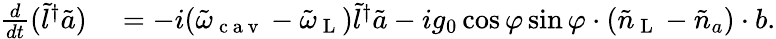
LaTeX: \begin{array}{rl}{\frac{d}{dt}(\tilde{l}^{\dagger}\tilde{a})}&{{}=-i(\tilde{\omega}_{\mathrm{~c~a~v~}}-\tilde{\omega}_{\mathrm{~L~}})\tilde{l}^{\dagger}\tilde{a}-ig_{0}\cos\varphi\sin\varphi\cdot(\tilde{n}_{\mathrm{~L~}}-\tilde{n}_{a})\cdot b.}\end{array}